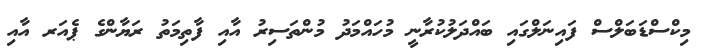
މިކްސްޑަބަލްސް ފައިނަލްގައި ބައްދަލުކުރާނީ މުހައްމަދު މުންތަސިރު އާއި ފާތިމަތު ރަޔާންގެ ޕެއަރ އާއި